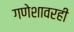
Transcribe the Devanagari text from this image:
गणेशावरही